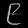
Digit: ၉